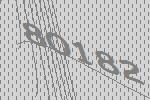
80182